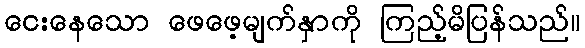
ငေးနေသော ဖေဖေ့မျက်နှာကို ကြည့်မိပြန်သည်။